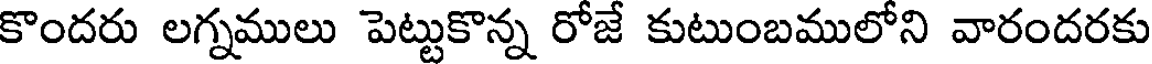
కొందరు లగ్నములు పెట్టుకొన్న రోజే కుటుంబములోని వారందరకు